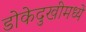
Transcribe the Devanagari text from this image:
डोकेदुखीमध्ये